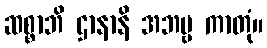
ဆစ္စာဘိ ဌာနာနိ အဘဗ္ဗ ကာတုံ။